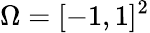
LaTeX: \Omega=[-1,1]^{2}